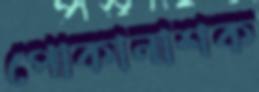
পোকানাশক